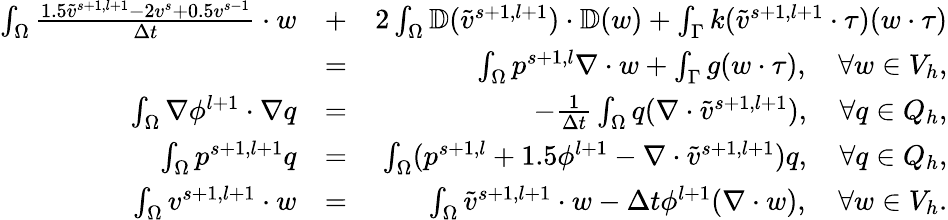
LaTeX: \begin{array}{rlr}{\int_{\Omega}\frac{1.5\tilde{v}^{s+1,l+1}-2v^{s}+0.5v^{s-1}}{\Delta t}\cdot w}&{+}&{2\int_{\Omega}\mathbb{D}(\tilde{v}^{s+1,l+1})\cdot\mathbb{D}(w)+\int_{\Gamma}k(\tilde{v}^{s+1,l+1}\cdot\tau)(w\cdot\tau)}\\ &{=}&{\int_{\Omega}p^{s+1,l}\nabla\cdot w+\int_{\Gamma}g(w\cdot\tau),\quad\forall w\in V_{h},}\\ {\int_{\Omega}\nabla\phi^{l+1}\cdot\nabla q}&{=}&{-\frac{1}{\Delta t}\int_{\Omega}q(\nabla\cdot\tilde{v}^{s+1,l+1}),\quad\forall q\in Q_{h},}\\ {\int_{\Omega}p^{s+1,l+1}q}&{=}&{\int_{\Omega}(p^{s+1,l}+1.5\phi^{l+1}-\nabla\cdot\tilde{v}^{s+1,l+1})q,\quad\forall q\in Q_{h},}\\ {\int_{\Omega}v^{s+1,l+1}\cdot w}&{=}&{\int_{\Omega}\tilde{v}^{s+1,l+1}\cdot w-\Delta t\phi^{l+1}(\nabla\cdot w),\quad\forall w\in V_{h}.}\end{array}